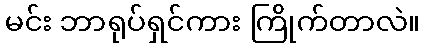
မင်း ဘာရုပ်ရှင်ကား ကြိုက်တာလဲ။